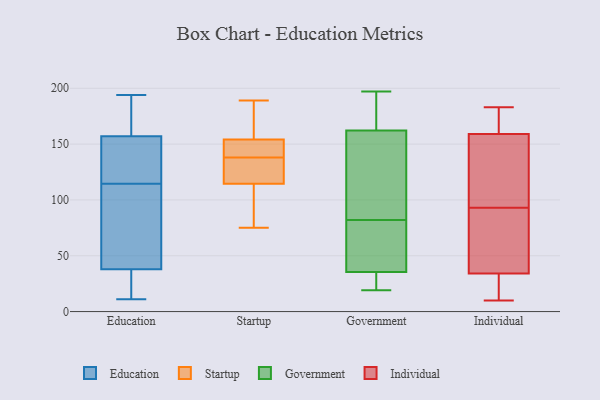
{"axis": {"x": "Headcount", "y": "Value"}, "legend": ["Education", "Government", "Individual", "Startup"], "data": [{"x": "", "y": 179, "type": "Education"}, {"x": "", "y": 122, "type": "Education"}, {"x": "", "y": 80, "type": "Education"}, {"x": "", "y": 38, "type": "Education"}, {"x": "", "y": 157, "type": "Education"}, {"x": "", "y": 107, "type": "Education"}, {"x": "", "y": 153, "type": "Education"}, {"x": "", "y": 193, "type": "Education"}, {"x": "", "y": 11, "type": "Education"}, {"x": "", "y": 16, "type": "Education"}, {"x": "", "y": 194, "type": "Education"}, {"x": "", "y": 129, "type": "Education"}, {"x": "", "y": 16, "type": "Education"}, {"x": "", "y": 74, "type": "Education"}, {"x": "", "y": 91, "type": "Startup"}, {"x": "", "y": 132, "type": "Startup"}, {"x": "", "y": 158, "type": "Startup"}, {"x": "", "y": 136, "type": "Startup"}, {"x": "", "y": 140, "type": "Startup"}, {"x": "", "y": 189, "type": "Startup"}, {"x": "", "y": 102, "type": "Startup"}, {"x": "", "y": 150, "type": "Startup"}, {"x": "", "y": 188, "type": "Startup"}, {"x": "", "y": 144, "type": "Startup"}, {"x": "", "y": 75, "type": "Startup"}, {"x": "", "y": 127, "type": "Startup"}, {"x": "", "y": 28, "type": "Government"}, {"x": "", "y": 82, "type": "Government"}, {"x": "", "y": 98, "type": "Government"}, {"x": "", "y": 77, "type": "Government"}, {"x": "", "y": 191, "type": "Government"}, {"x": "", "y": 169, "type": "Government"}, {"x": "", "y": 38, "type": "Government"}, {"x": "", "y": 64, "type": "Government"}, {"x": "", "y": 160, "type": "Government"}, {"x": "", "y": 190, "type": "Government"}, {"x": "", "y": 19, "type": "Government"}, {"x": "", "y": 197, "type": "Government"}, {"x": "", "y": 75, "type": "Government"}, {"x": "", "y": 160, "type": "Government"}, {"x": "", "y": 20, "type": "Government"}, {"x": "", "y": 144, "type": "Government"}, {"x": "", "y": 22, "type": "Government"}, {"x": "", "y": 68, "type": "Individual"}, {"x": "", "y": 118, "type": "Individual"}, {"x": "", "y": 159, "type": "Individual"}, {"x": "", "y": 10, "type": "Individual"}, {"x": "", "y": 34, "type": "Individual"}, {"x": "", "y": 34, "type": "Individual"}, {"x": "", "y": 60, "type": "Individual"}, {"x": "", "y": 169, "type": "Individual"}, {"x": "", "y": 183, "type": "Individual"}, {"x": "", "y": 152, "type": "Individual"}]}